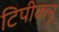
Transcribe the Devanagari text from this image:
टिपीकनू